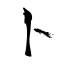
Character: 卜